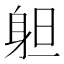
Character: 𨈱